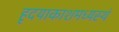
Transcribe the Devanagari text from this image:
हृदयाकाशमध्यस्थं